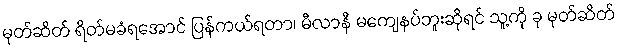
မုတ်ဆိတ် ရိတ်မခံရအောင် ပြန်ကယ်ရတာ၊ မီလာနီ မကျေနပ်ဘူးဆိုရင် သူ့ကို ခု မုတ်ဆိတ်